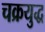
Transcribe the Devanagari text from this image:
चक्रयुद्ध